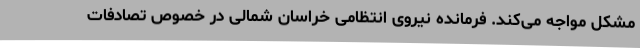
مشکل مواجه می‌کند. فرمانده نیروی انتظامی خراسان شمالی در خصوص تصادفات